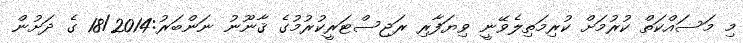
މި މަސައްކަތް ކުރުމަށް ކުރިމަތިލެވޭނީ ވިޔަފާރި ރަޖިސްޓަރީކުރުމުގެ ޤާނޫނު ނަންބަރު:18/2014 ގެ ދަށުން